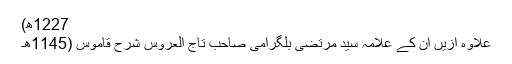
1227ھ)
علاوہ ازیں ان کے علامہ سید مرتضیٰ بلگرامی صاحب تاج العروس شرح قاموس (1145ھ۔